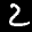
Label: 2